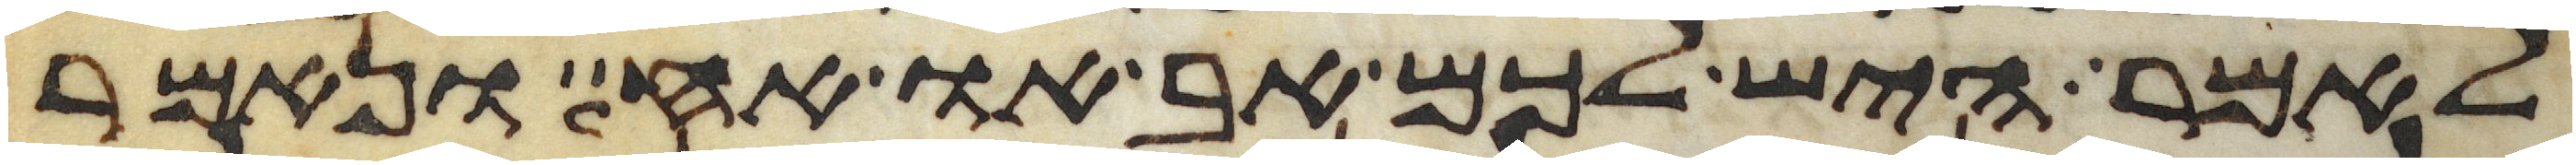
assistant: לאמר היש לכם אב או אח ונאמר